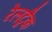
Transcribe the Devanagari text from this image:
रेलट्रैक